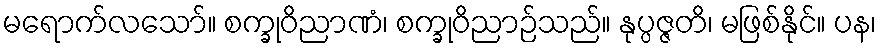
မရောက်လသော်။ စက္ခုဝိညာဏံ၊ စက္ခုဝိညာဉ်သည်။ နုပ္ပဇ္ဇတိ၊ မဖြစ်နိုင်။ ပန၊